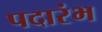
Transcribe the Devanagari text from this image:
पदारंभ